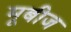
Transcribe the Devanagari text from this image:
मूबीज